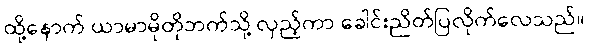
ထို့နောက် ယာမာမိုတိုဘက်သို့ လှည့်ကာ ခေါင်းညိတ်ပြလိုက်လေသည်။